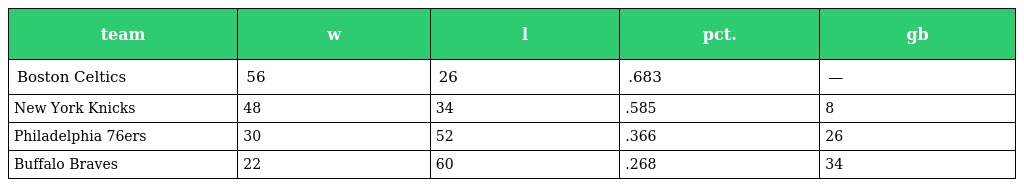
| team | w | l | pct. | gb |
 | --- | --- | --- | --- | --- |
 | Boston Celtics | 56 | 26 | .683 | — |
 | New York Knicks | 48 | 34 | .585 | 8 |
 | Philadelphia 76ers | 30 | 52 | .366 | 26 |
 | Buffalo Braves | 22 | 60 | .268 | 34 |